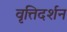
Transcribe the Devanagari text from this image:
वृत्तिदर्शन